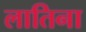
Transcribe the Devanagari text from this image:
लातिना